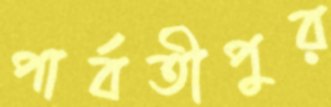
পার্বতীপুর